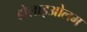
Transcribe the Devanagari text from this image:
डोलाइओलम